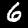
Digit: 6